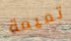
تميمة